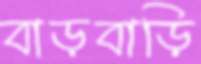
বাড়বাড়ি